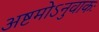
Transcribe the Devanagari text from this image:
अष्टमोऽनुवाकः